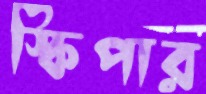
স্কিপার